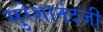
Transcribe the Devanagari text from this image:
सुरेशानंदजी